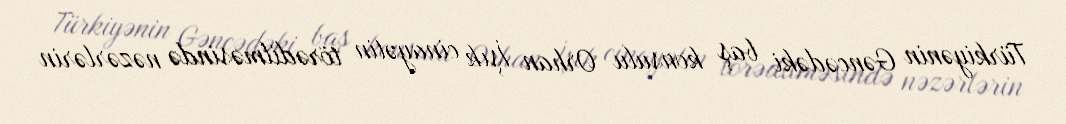
Türkiyənin Gəncədəki baş konsulu Orhan İşık cinayətin törədilməsində nəzərlərin